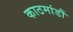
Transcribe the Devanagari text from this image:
काठमांडौं